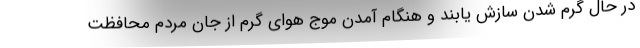
در حال گرم شدن سازش یابند و هنگام آمدن موج هوای گرم از جان مردم محافظت